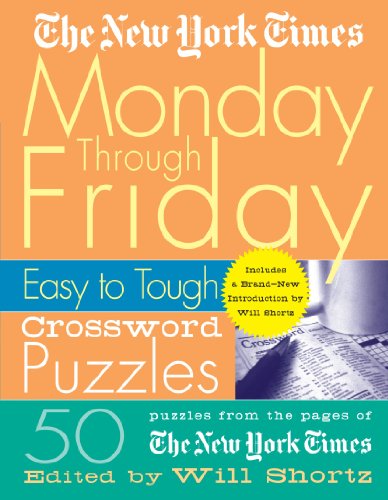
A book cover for The New York Times Monday Through Friday Easy to Tough Crossword Puzzles: 50 Puzzles from the Pages of The New York Times (New York Times Crossword Puzzles); Humor & Entertainment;